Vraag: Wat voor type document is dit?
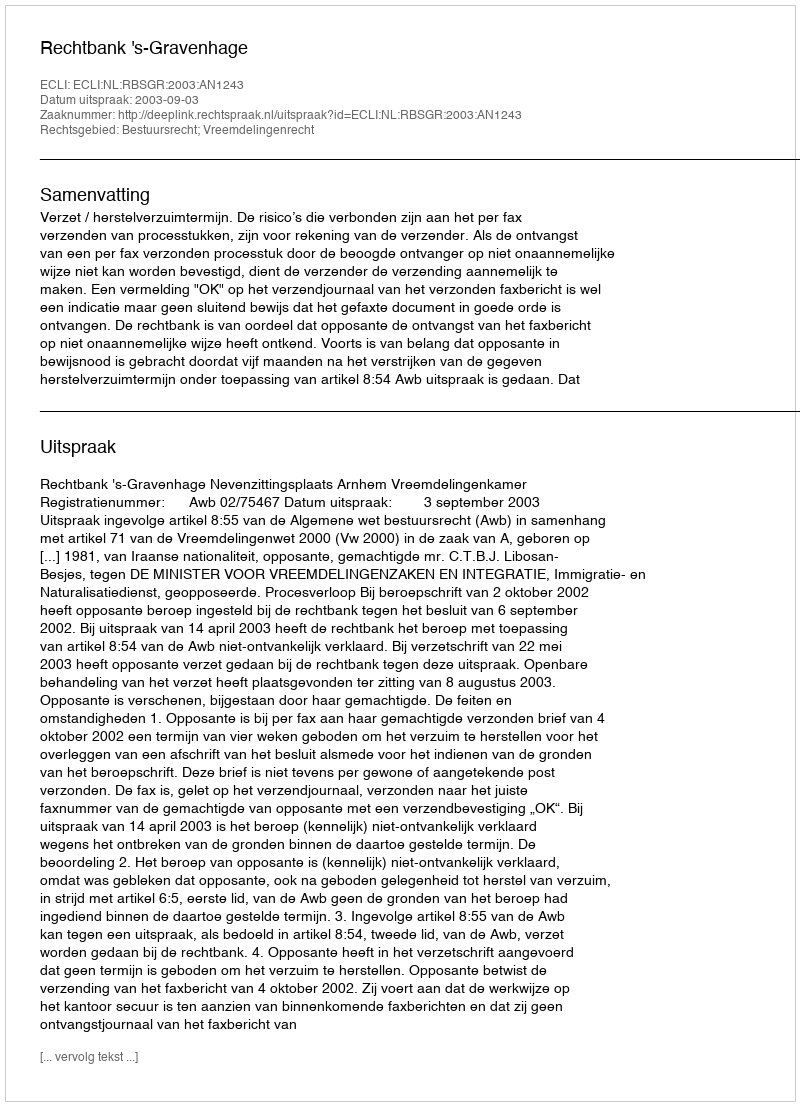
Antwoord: Uitspraak